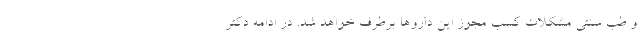
و طب سنتی مشکلات کسب مجوز این داروها برطرف خواهد شد. در ادامه دکتر